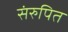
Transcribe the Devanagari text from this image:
संरुपित